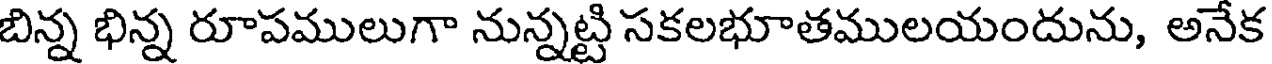
బిన్న భిన్న రూపములుగా నున్నట్టి సకలభూతములయందును, అనేక